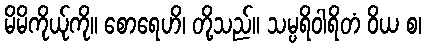
မိမိကိုယ်ုကို။ စောရေဟိ၊ တို့သည်။ သမ္ပရိဝါရိတံ ဝိယ စ၊